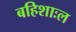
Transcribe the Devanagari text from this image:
बहिशाःल